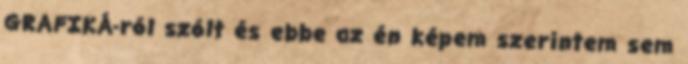
GRAFIKÁ-ról szólt és ebbe az én képem szerintem sem